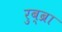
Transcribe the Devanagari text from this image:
रुब्ब्रा